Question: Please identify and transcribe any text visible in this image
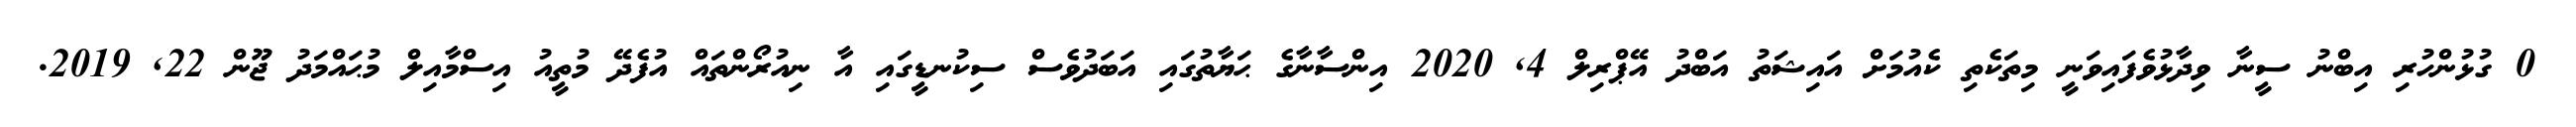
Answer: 0 ގުޅުންހުރި އިބްނު ސީނާ ވިދާޅުވެފައިވަނީ މިތަކެތި ކެއުމަށް އައިޝަތު އަބްދު އޭޕްރިލް 4, 2020 އިންސާނާގެ ޙަޔާތުގައި އަބަދުވެސް ސިކުނޑީގައި އާ ނިއުރޯންތައް އުފެދޭ މުތީއު އިސްމާއިލް މުޙައްމަދު ޖޫން 22, 2019.